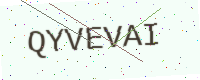
Text: QYVEVAI